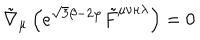
LaTeX: \tilde { \nabla } _ { \mu } \left( e ^ { \sqrt { 3 } \beta - 2 \varphi } \tilde { F } ^ { \mu \nu \kappa \lambda } \right) = 0